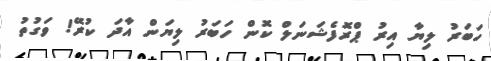
ހަބަރު ލިޔާ އިރު ޕްރޮފެޝަނަލް ކޮން ހަބަރު ލިޔަން އާދަ ކުރޭ! ވަގުތު